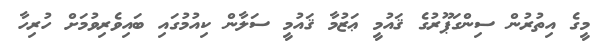
މީގެ އިތުރުން ސިންގަޕޫރުގެ ޤައުމީ ޢަޒުމާ ޤައުމީ ސަލާން ކިއުމުގައި ބައިވެރިވުމަށް ހުރިހާ